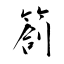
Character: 箚